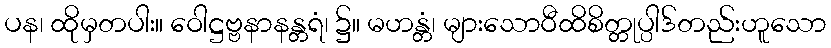
ပန၊ ထိုမှတပါး။ ဝေါဋ္ဌဗ္ဗနာနန္တရံ၊ ၌။ မဟန္တံ၊ များသောဝီထိစိတ္တုပ္ပါဒ်တည်းဟူသော